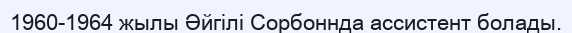
1960-1964 жылы Әйгілі Сорбоннда ассистент болады.